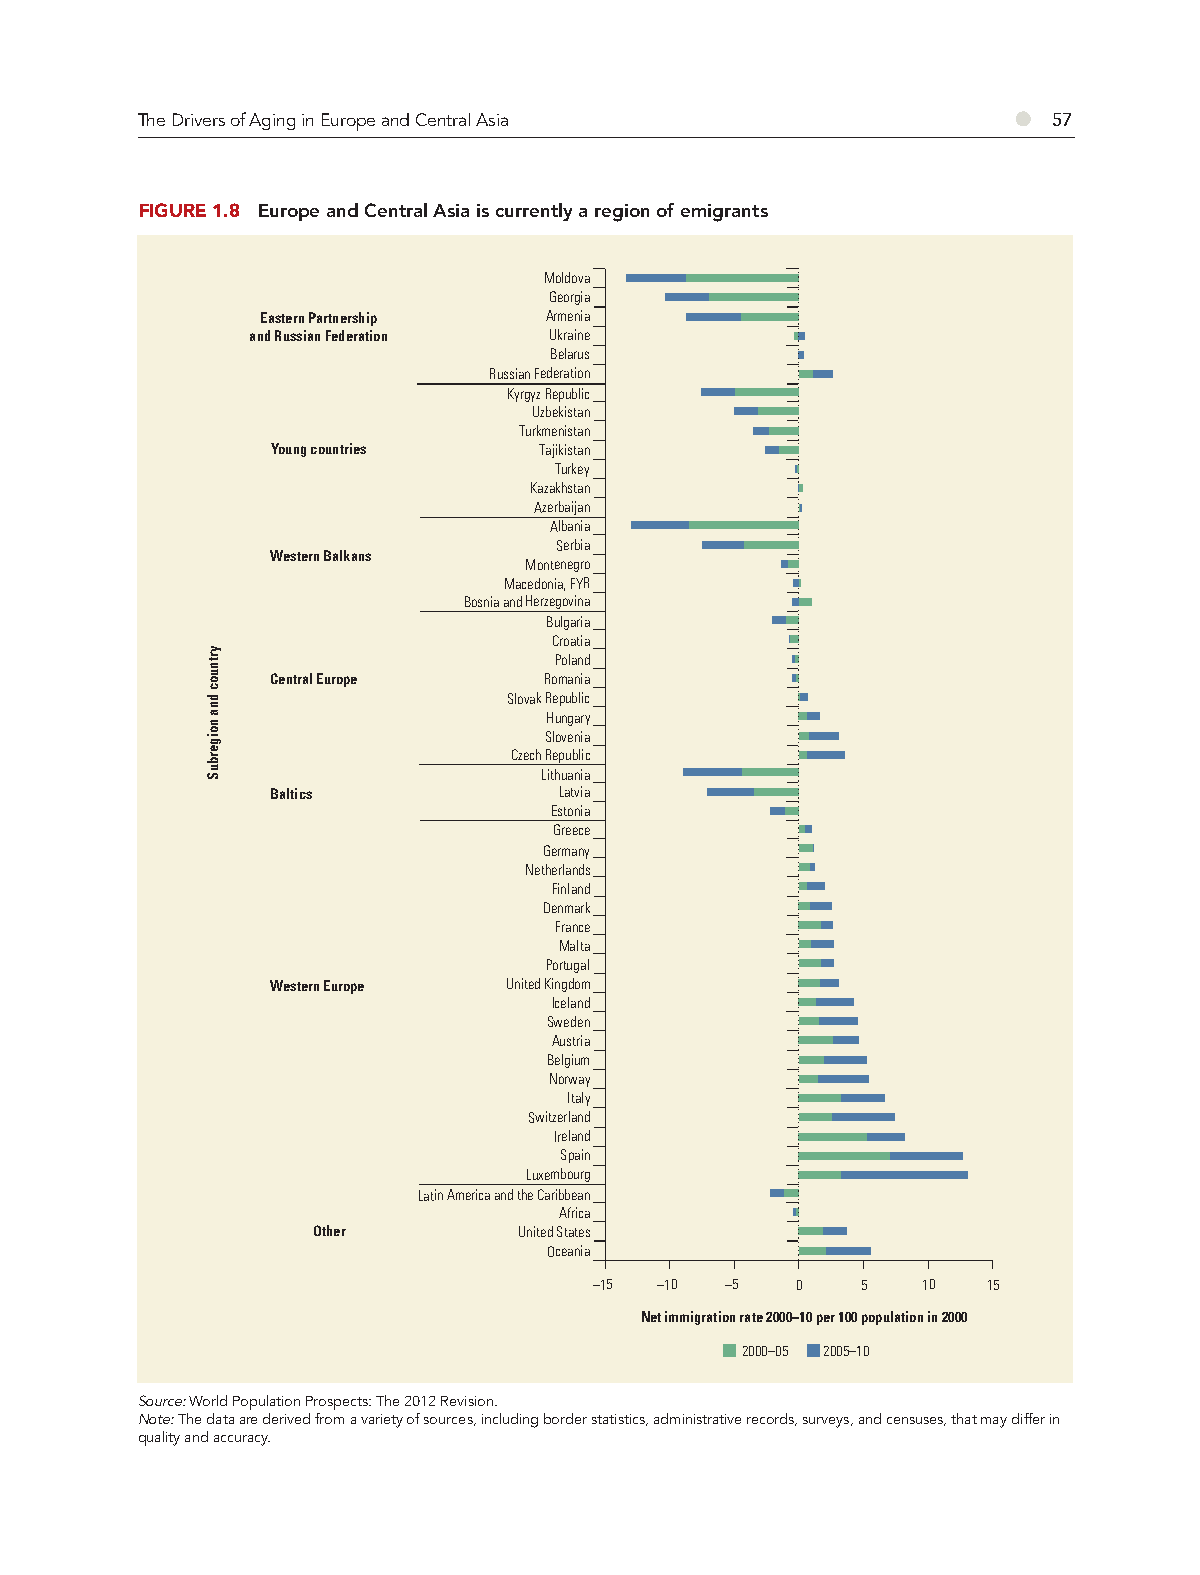
The Drivers of Aging in Europe and Central Asia           ●  57
 FIGURE 1.8 Europe and Central Asia is currently a region of emigrants
 Moldova
 Georgia
 Eastern Partnership Armenia
 and Russian Federation Ukraine
 Belarus
 Russian Federation
 Kyrgyz Republic
 Uzbekistan
 Turkmenistan
 Young countries   Tajikistan
 Turkey
 Kazakhstan
 Azerbaijan
 Albania
 Serbia
 Western Balkans
 Montenegro
 Macedonia, FYR
 Bosnia and Herzegovina
 Bulgaria
 Croatia
 Poland
 Central Europe    Romania
 Slovak Republic
 Hungary
 Slovenia
 Czech Republic
 Lithuania
 Baltics            Latvia
 Estonia
 Greece
 Germany
 Netherlands
 Finland
 Denmark
 France
 Malta
 Portugal
 Western Europe United Kingdom
 Iceland
 Sweden
 Austria
 Belgium
 Norway
 Italy
 Switzerland
 Ireland
 Spain
 Luxembourg
 Latin America and the Caribbean
 Africa
 Other        United States
 Oceania
 –15 –10  –5   0   5   10  15
 Net immigration rate 2000–10 per 100 population in 2000
 2000–05 2005–10
 Source: World Population Prospects: The 2012 Revision.
 Note: The data are derived from a variety of sources, including border statistics, administrative records, surveys, and censuses, that may differ in
 quality and accuracy.
 yrtnuoc
 dna
 noigerbuS